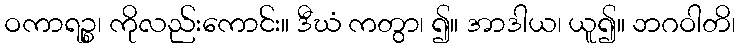
ဝကာရဉ္စ၊ ကိုလည်းကောင်း။ ဒီဃံ ကတွာ၊ ၍။ အာဒါယ၊ ယူ၍။ ဘဂဝါတိ၊